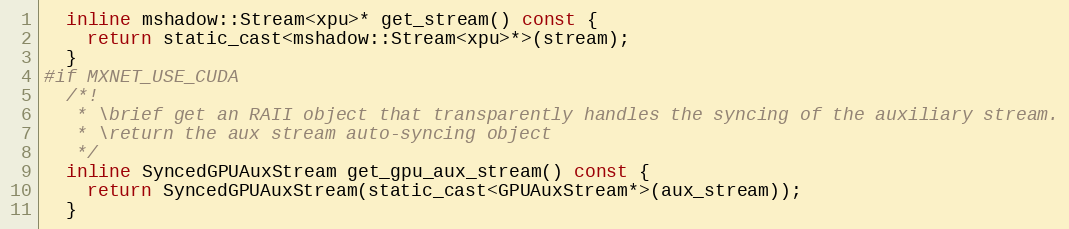
Language: C
  inline mshadow::Stream<xpu>* get_stream() const {
    return static_cast<mshadow::Stream<xpu>*>(stream);
  }
#if MXNET_USE_CUDA
  /*!
   * \brief get an RAII object that transparently handles the syncing of the auxiliary stream.
   * \return the aux stream auto-syncing object
   */
  inline SyncedGPUAuxStream get_gpu_aux_stream() const {
    return SyncedGPUAuxStream(static_cast<GPUAuxStream*>(aux_stream));
  }